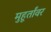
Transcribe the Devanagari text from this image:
मुहूर्तांवर